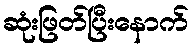
ဆုံးဖြတ်ပြီးနောက်